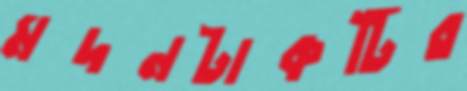
মদনটাকটির